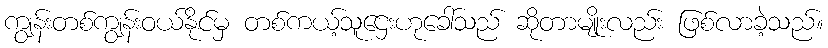
ကျွန်းတစ်ကျွန်းဝယ်နိုင်မှ တစ်ကယ့်သူဌေးဟုခေါ်သည် ဆိုတာမျိုးလည်း ဖြစ်လာခဲ့သည်။